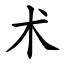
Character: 术